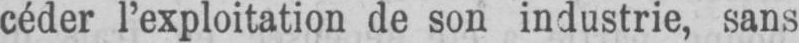
céder l’exploitation de son industrie, sans